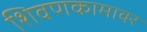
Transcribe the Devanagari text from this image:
शिवणकामावर